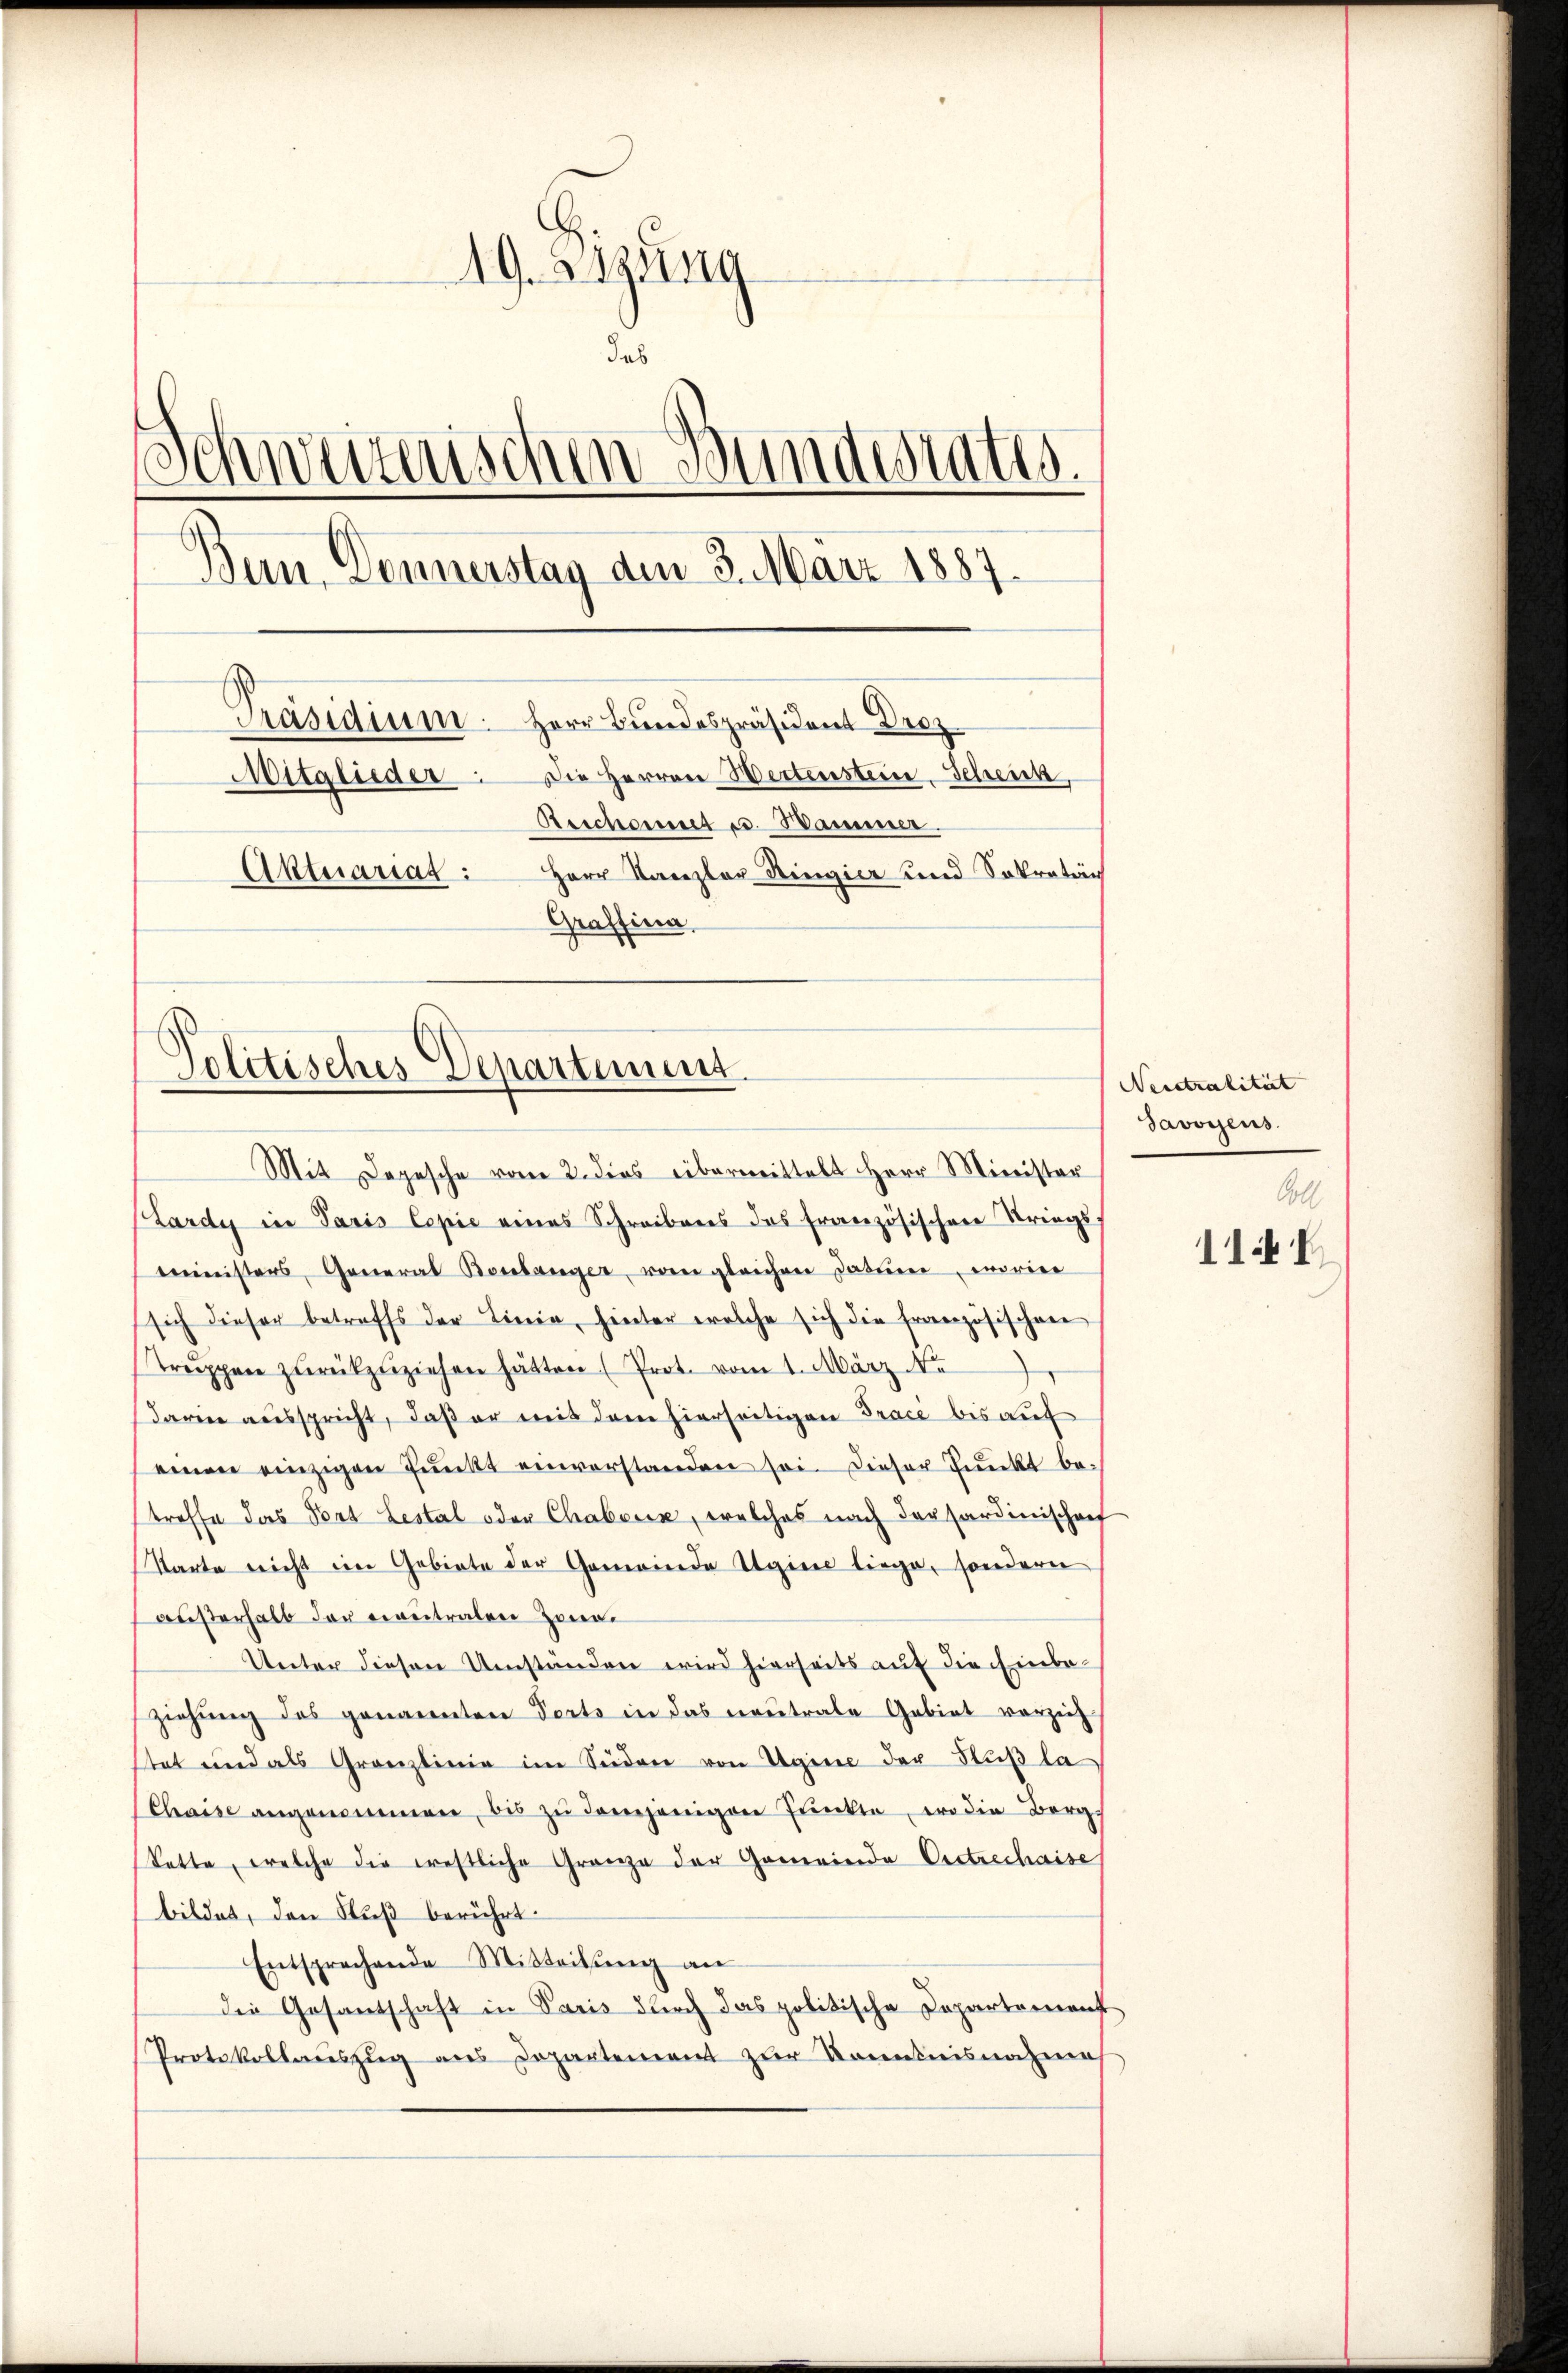
19. Sitzung
Jab
s
rischen Bundestatis.
d
Bern. Dennerstag den 3. März 1887.
Präsidium. Herr Bundespräsident Droz
Mitglieder. Die Herren Wertenstein. Scheick
Reichert u. Hammer.
Aktuariat : Herr Kanzler Ringier und Sekretär
Graffina,

Politisches Departiment.

Mit Logesche vom 2. dies übermittelt Herr Minister
Lardy in Paris Copie eines Schreibens das französischen Striegs-
mministers, General Benlänger vom gleichen Datiere, worin
sich dieser betreffs der Linie, hinter welche sich die französischen
Treppen zŭrückzuziehen hätten (Prot. vom 1. März No
darin ausspricht, daß er mit dem hierseitigen Tracé bis auf
einen einzigen Pŭnkt einverstanden sei. Dieser Punkt be-
treffe das Port Lestal oder Chaberin, welches nach der Sardinischef
Starte nicht im Gebiete der Gemeinde Uginne liege, sondern
austerhalb der eintralen Zonen.
Unter diesen Umständen wird hierseits auf die Einbeziehŭng des genannten Perts in das neutrale Gebiet vorzeih,
Etat und als Granzlinie im Süden von Agine der Flußla
Chaise angenommen, bis zŭ demjenigen Pŭnkte, wo die Berg-
Vatte, welche die restliche Granze der Gemeinde Oestrechaise
bildet, den Fuß berührt.
Entsprechende Mitteilung an
die Gesandschaft in Paris durch das politische Departement
Protokollauszug aus Departement zur Kenntnisnahme

Neestralität
Javoyens.
Coll
114 V